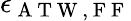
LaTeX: \epsilon_{\mathrm{~A~T~W~,~F~F~}}